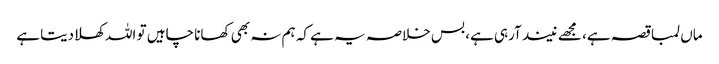
ماں لمبا قصہ ہے، مجھے نیند آرہی ہے، بس خلاصہ یہ ہے کہ ہم نہ بھی کھانا چاہیں تو اللہ کھلادیتا ہے